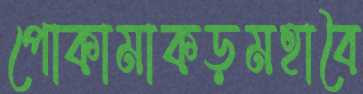
পোকামাকড়মহাবৈ